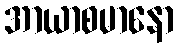
အာယာစမာနော